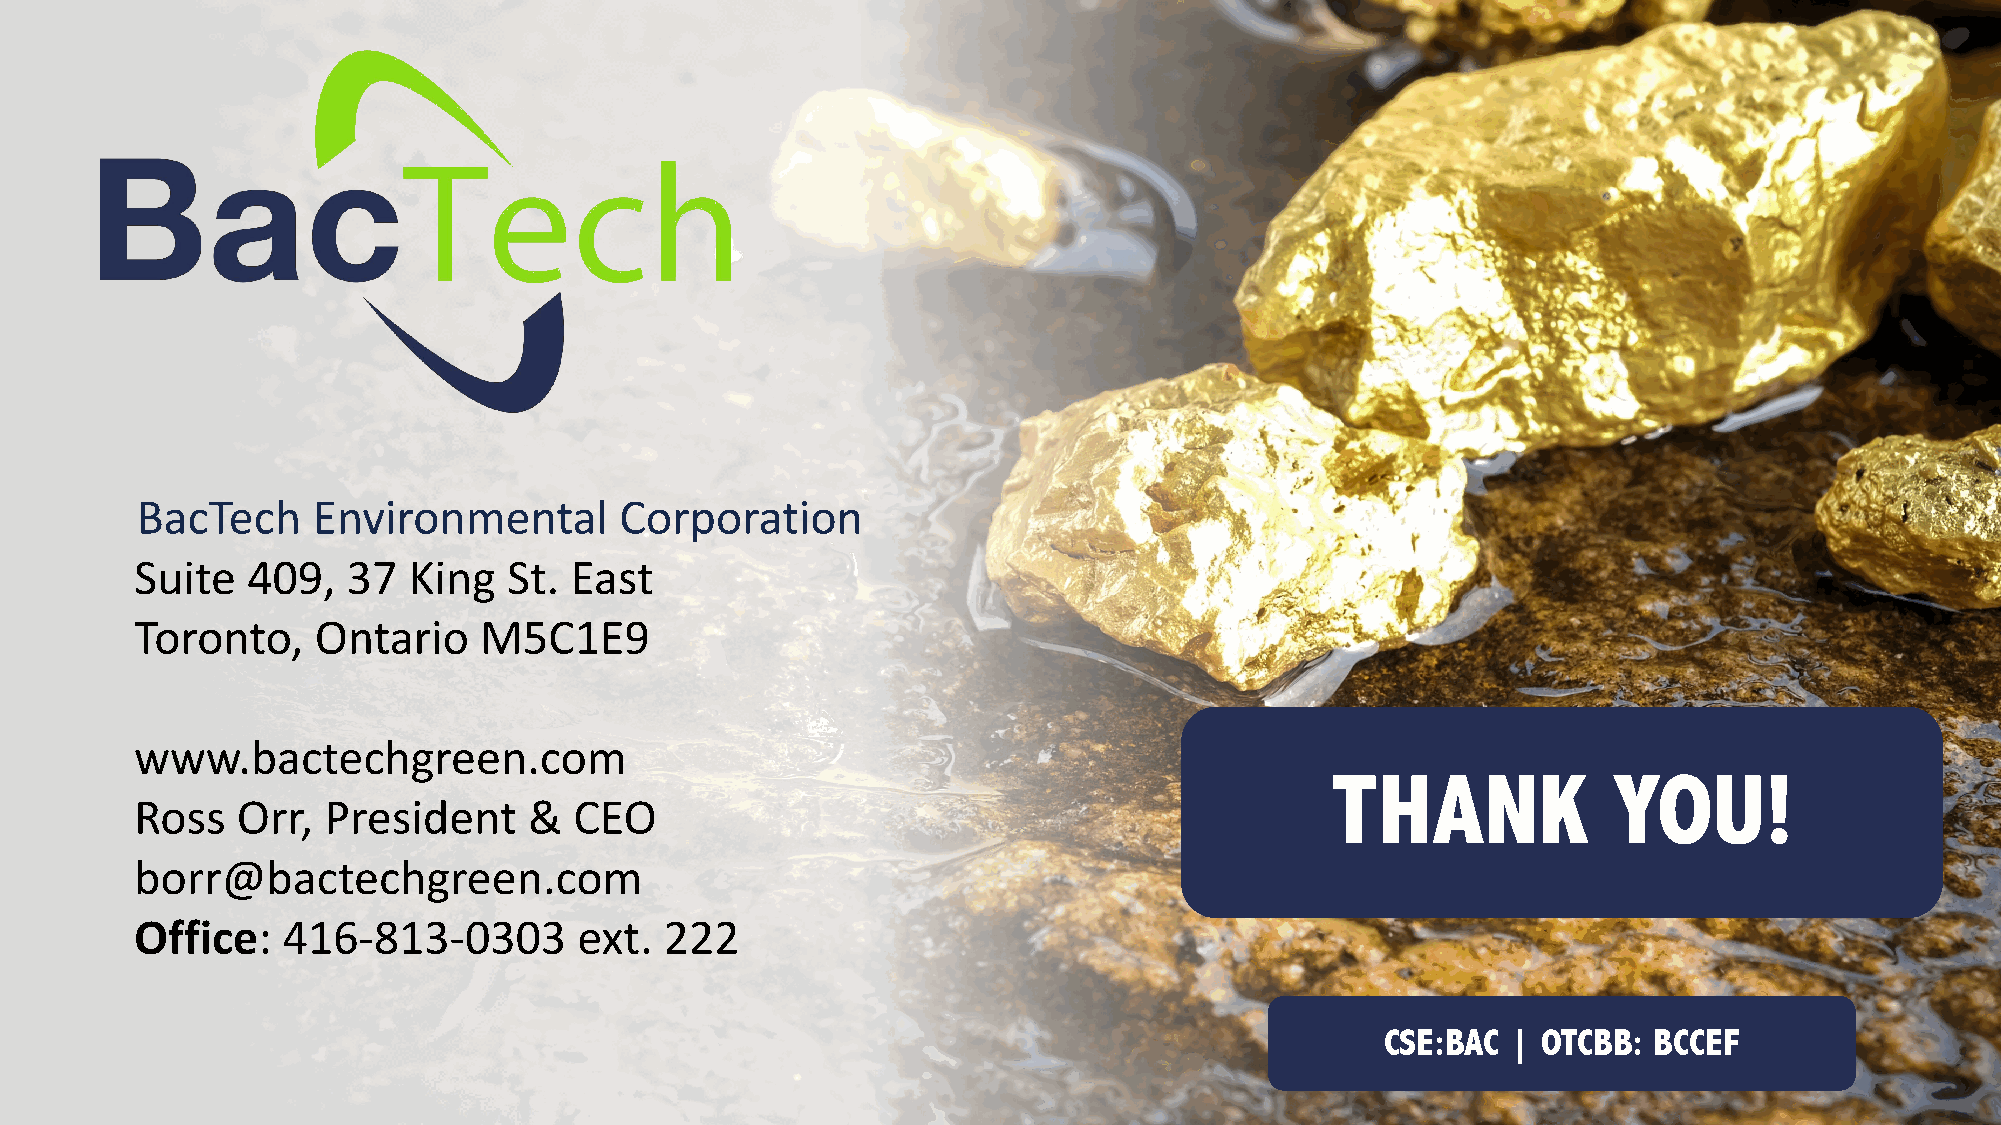
BacTech     Environmental       Corporation
 Suite  409,   37  King   St. East
 Toronto,    Ontario    M5C1E9
 www.bactechgreen.com
 THANK              YOU!
 Ross   Orr, President     &  CEO
 borr@bactechgreen.com
 Office:   416-813-0303       ext.  222
 CSE:BAC | OTCBB: BCCEF
 CSE:BAC    |  OTCBB:BCCEF